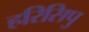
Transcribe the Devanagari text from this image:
हरिसिपु